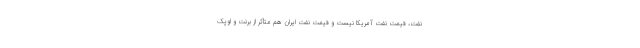
نفت، قیمت نفت آمریکا نیست و قیمت نفت ایران هم متأثر از برنت و اوپک